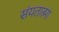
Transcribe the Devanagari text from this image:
संयतात्मा